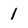
Character: 1